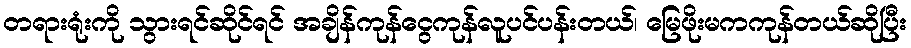
တရားရုံးကို သွားရင်ဆိုင်ရင် အချိန်ကုန်ငွေကုန်လူပင်ပန်းတယ်၊ မြေဖိုးမကကုန်တယ်ဆိုပြီး